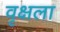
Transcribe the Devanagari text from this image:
वृक्षला